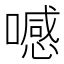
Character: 𠿑